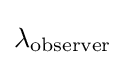
\lambda _{\text{observer}}